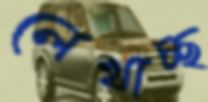
লেখাচ্ছ